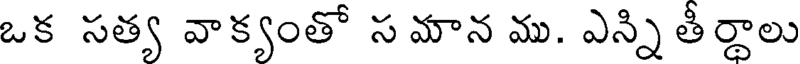
ఒక సత్య వాక్యంతో స మాన ము. ఎన్ని తీర్థాలు